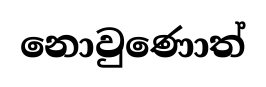
නොවුණොත්